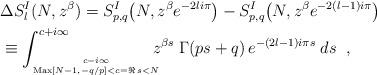
LaTeX: \begin{align*}& \Delta S^{I}_l(N,z^{\beta}) = S^{I}_{p,q} \bigl( N,z^{\beta} e^{-2 li \pi} \bigr)- S^{I}_{p,q} \bigl( N,z^{\beta} e^{-2 (l-1) i \pi} \bigr) \\& \equiv \int_{c-i \infty \atop{{\rm Max}[N-1,-q/p] <c=\Re\,s<N}}^{c+i \infty} \!\!\!\! z^{\beta s} \; \Gamma(ps+q) \, e^{-(2l-1) i \pi s} \; ds \;\; ,\end{align*}